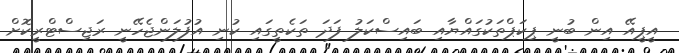
އީޕީއޭ އިން ބުނީ ޕިކަޕްތަކުގައްޔާއި ބައިސްކަލު ފަދަ ތަކެތީގައި ކުނި އުފުލަންޖެހޭނީ ރަޖިސްޓްރީކޮށް